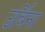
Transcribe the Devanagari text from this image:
उर्बिना